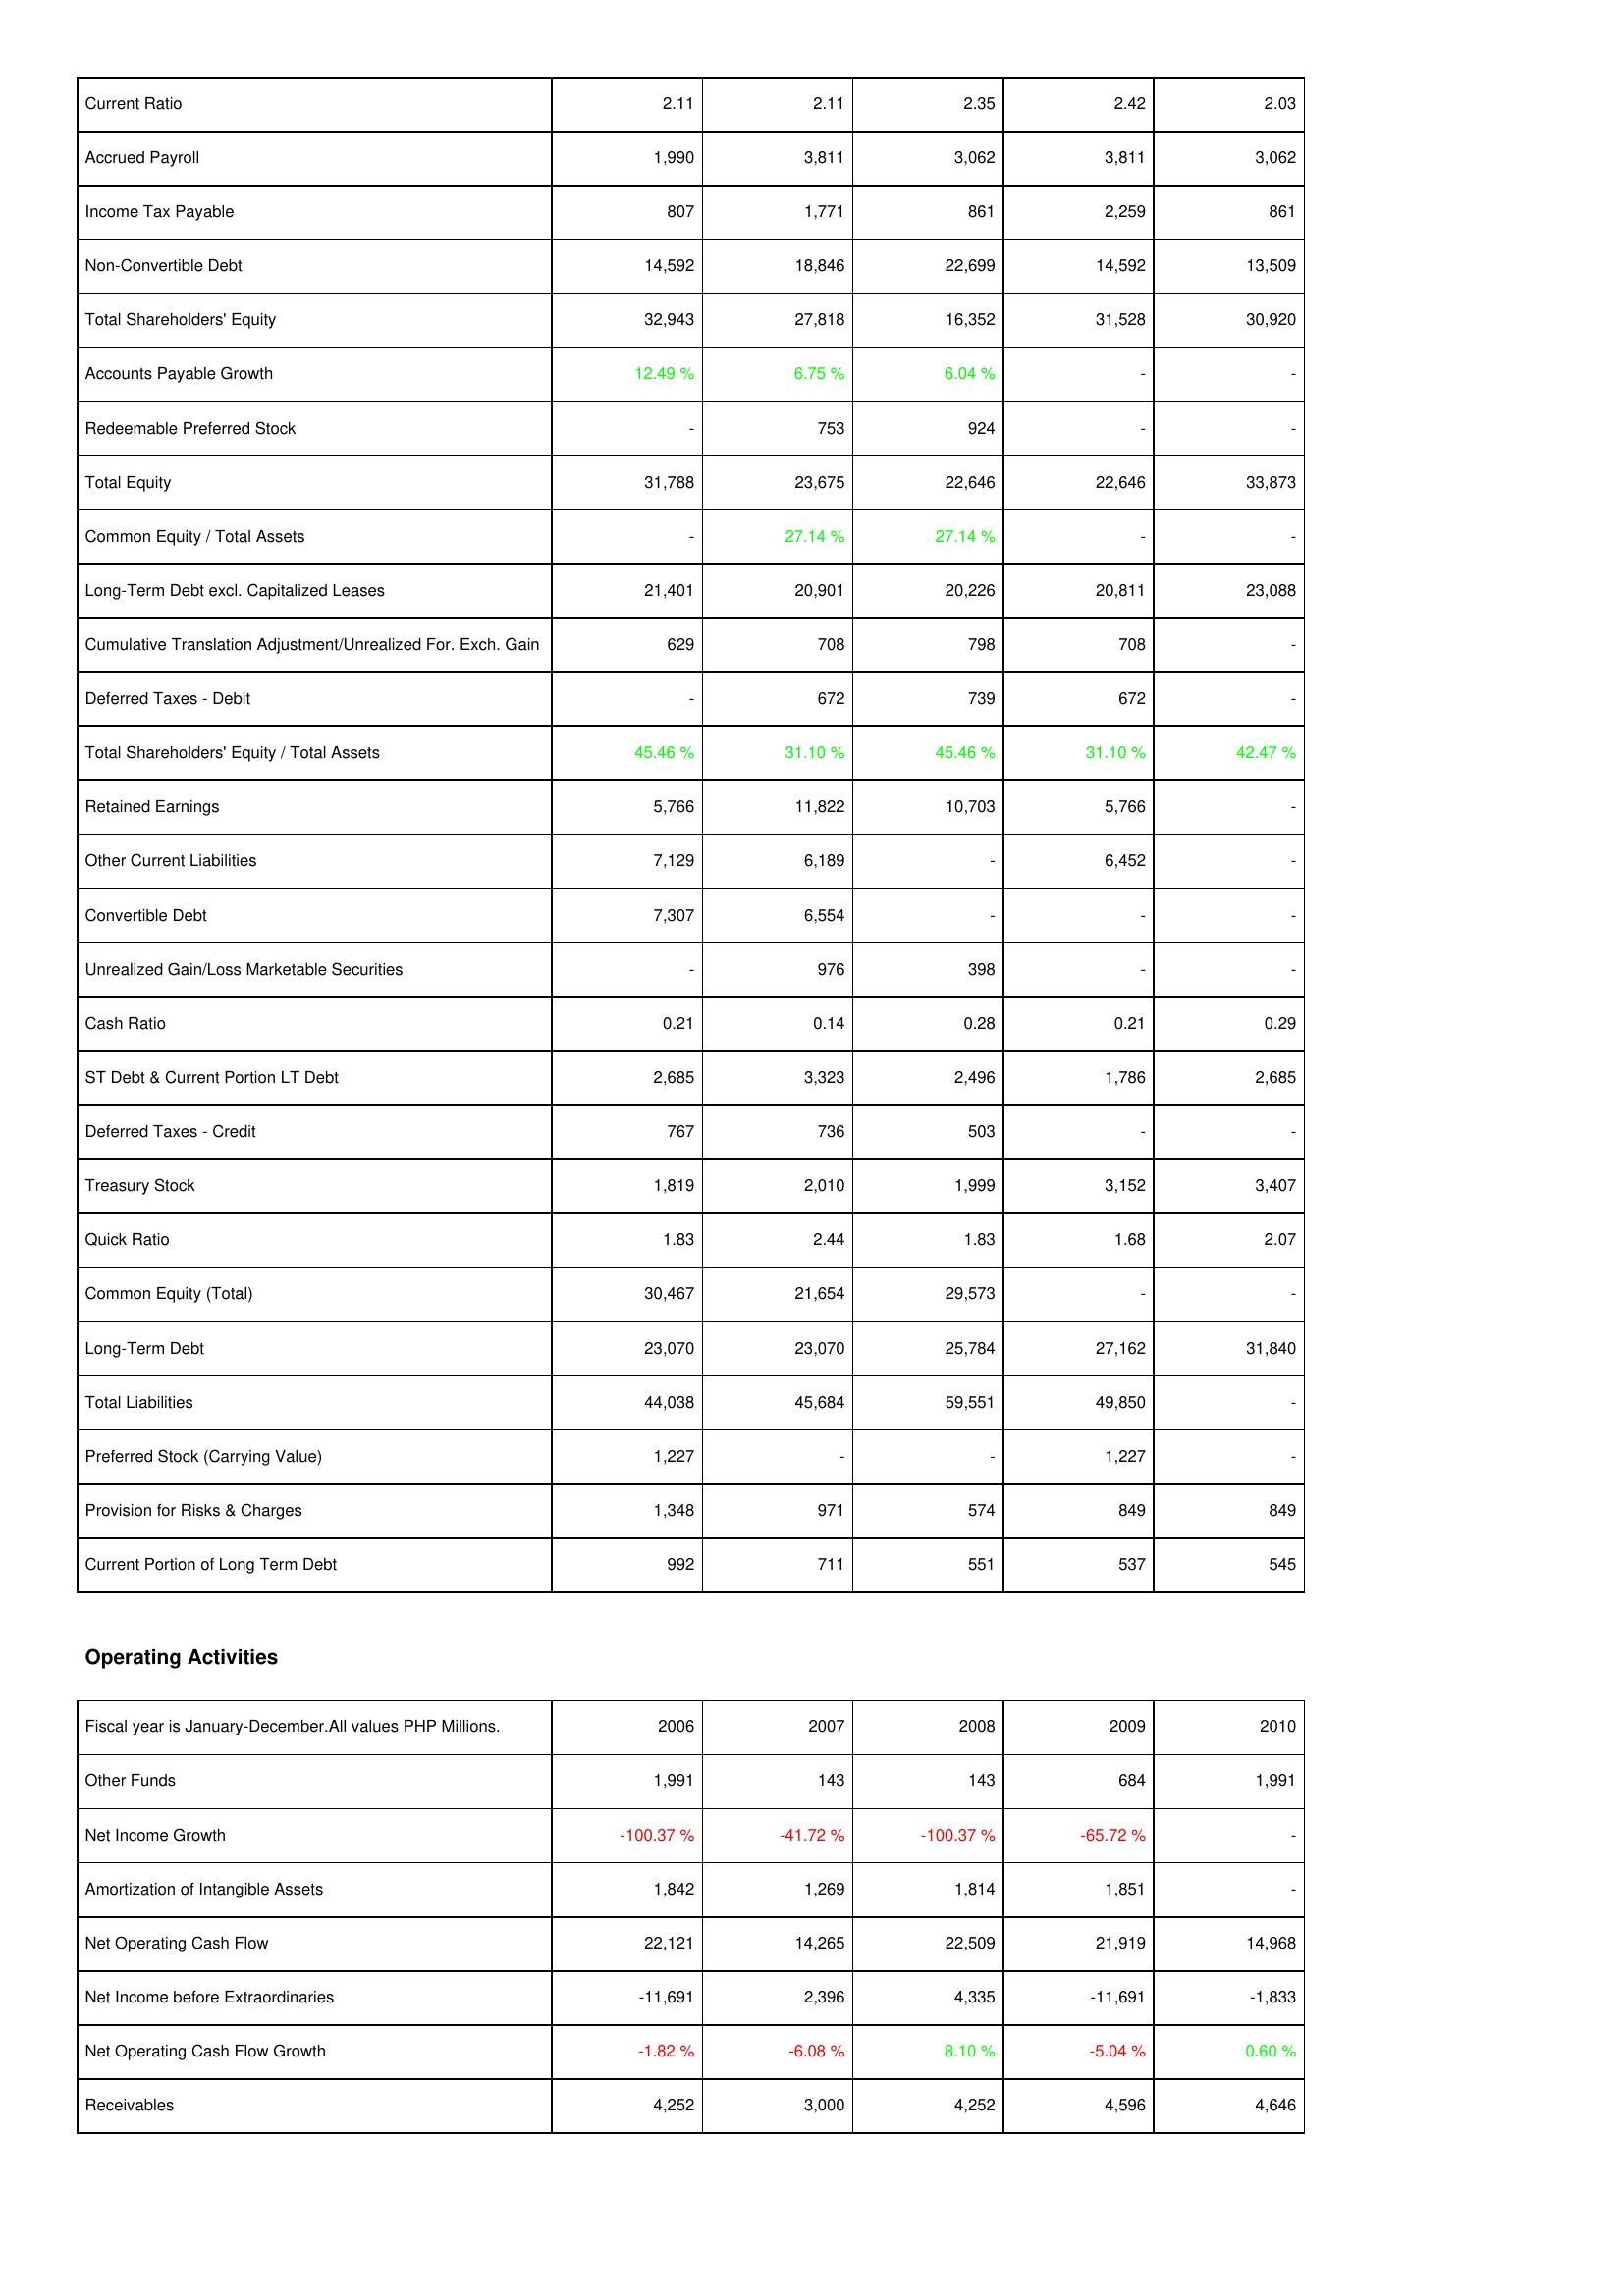
2006: Liabilities & Shareholders' Equity: Current Ratio: 2.11
Accrued Payroll: 1,990
Income Tax Payable: 807
Non-Convertible Debt: 14,592
Total Shareholders' Equity: 32,943
Accounts Payable Growth: 12.49 %
Redeemable Preferred Stock: -
Total Equity: 31,788
Common Equity / Total Assets: -
Long-Term Debt excl. Capitalized Leases: 21,401
Cumulative Translation Adjustment/Unrealized For. Exch. Gain: 629
Deferred Taxes - Debit: -
Total Shareholders' Equity / Total Assets: 45.46 %
Retained Earnings: 5,766
Other Current Liabilities: 7,129
Convertible Debt: 7,307
Unrealized Gain/Loss Marketable Securities: -
Cash Ratio: 0.21
ST Debt & Current Portion LT Debt: 2,685
Deferred Taxes - Credit: 767
Treasury Stock: 1,819
Quick Ratio: 1.83
Common Equity (Total): 30,467
Long-Term Debt: 23,070
Total Liabilities: 44,038
Preferred Stock (Carrying Value): 1,227
Provision for Risks & Charges: 1,348
Current Portion of Long Term Debt: 992
Operating Activities: Other Funds: 1,991
Net Income Growth: -100.37 %
Amortization of Intangible Assets: 1,842
Net Operating Cash Flow: 22,121
Net Income before Extraordinaries: -11,691
Net Operating Cash Flow Growth: -1.82 %
Receivables: 4,252
2007: Liabilities & Shareholders' Equity: Current Ratio: 2.11
Accrued Payroll: 3,811
Income Tax Payable: 1,771
Non-Convertible Debt: 18,846
Total Shareholders' Equity: 27,818
Accounts Payable Growth: 6.75 %
Redeemable Preferred Stock: 753
Total Equity: 23,675
Common Equity / Total Assets: 27.14 %
Long-Term Debt excl. Capitalized Leases: 20,901
Cumulative Translation Adjustment/Unrealized For. Exch. Gain: 708
Deferred Taxes - Debit: 672
Total Shareholders' Equity / Total Assets: 31.10 %
Retained Earnings: 11,822
Other Current Liabilities: 6,189
Convertible Debt: 6,554
Unrealized Gain/Loss Marketable Securities: 976
Cash Ratio: 0.14
ST Debt & Current Portion LT Debt: 3,323
Deferred Taxes - Credit: 736
Treasury Stock: 2,010
Quick Ratio: 2.44
Common Equity (Total): 21,654
Long-Term Debt: 23,070
Total Liabilities: 45,684
Preferred Stock (Carrying Value): -
Provision for Risks & Charges: 971
Current Portion of Long Term Debt: 711
Operating Activities: Other Funds: 143
Net Income Growth: -41.72 %
Amortization of Intangible Assets: 1,269
Net Operating Cash Flow: 14,265
Net Income before Extraordinaries: 2,396
Net Operating Cash Flow Growth: -6.08 %
Receivables: 3,000
2008: Liabilities & Shareholders' Equity: Current Ratio: 2.35
Accrued Payroll: 3,062
Income Tax Payable: 861
Non-Convertible Debt: 22,699
Total Shareholders' Equity: 16,352
Accounts Payable Growth: 6.04 %
Redeemable Preferred Stock: 924
Total Equity: 22,646
Common Equity / Total Assets: 27.14 %
Long-Term Debt excl. Capitalized Leases: 20,226
Cumulative Translation Adjustment/Unrealized For. Exch. Gain: 798
Deferred Taxes - Debit: 739
Total Shareholders' Equity / Total Assets: 45.46 %
Retained Earnings: 10,703
Other Current Liabilities: -
Convertible Debt: -
Unrealized Gain/Loss Marketable Securities: 398
Cash Ratio: 0.28
ST Debt & Current Portion LT Debt: 2,496
Deferred Taxes - Credit: 503
Treasury Stock: 1,999
Quick Ratio: 1.83
Common Equity (Total): 29,573
Long-Term Debt: 25,784
Total Liabilities: 59,551
Preferred Stock (Carrying Value): -
Provision for Risks & Charges: 574
Current Portion of Long Term Debt: 551
Operating Activities: Other Funds: 143
Net Income Growth: -100.37 %
Amortization of Intangible Assets: 1,814
Net Operating Cash Flow: 22,509
Net Income before Extraordinaries: 4,335
Net Operating Cash Flow Growth: 8.10 %
Receivables: 4,252
2009: Liabilities & Shareholders' Equity: Current Ratio: 2.42
Accrued Payroll: 3,811
Income Tax Payable: 2,259
Non-Convertible Debt: 14,592
Total Shareholders' Equity: 31,528
Accounts Payable Growth: -
Redeemable Preferred Stock: -
Total Equity: 22,646
Common Equity / Total Assets: -
Long-Term Debt excl. Capitalized Leases: 20,811
Cumulative Translation Adjustment/Unrealized For. Exch. Gain: 708
Deferred Taxes - Debit: 672
Total Shareholders' Equity / Total Assets: 31.10 %
Retained Earnings: 5,766
Other Current Liabilities: 6,452
Convertible Debt: -
Unrealized Gain/Loss Marketable Securities: -
Cash Ratio: 0.21
ST Debt & Current Portion LT Debt: 1,786
Deferred Taxes - Credit: -
Treasury Stock: 3,152
Quick Ratio: 1.68
Common Equity (Total): -
Long-Term Debt: 27,162
Total Liabilities: 49,850
Preferred Stock (Carrying Value): 1,227
Provision for Risks & Charges: 849
Current Portion of Long Term Debt: 537
Operating Activities: Other Funds: 684
Net Income Growth: -65.72 %
Amortization of Intangible Assets: 1,851
Net Operating Cash Flow: 21,919
Net Income before Extraordinaries: -11,691
Net Operating Cash Flow Growth: -5.04 %
Receivables: 4,596
2010: Liabilities & Shareholders' Equity: Current Ratio: 2.03
Accrued Payroll: 3,062
Income Tax Payable: 861
Non-Convertible Debt: 13,509
Total Shareholders' Equity: 30,920
Accounts Payable Growth: -
Redeemable Preferred Stock: -
Total Equity: 33,873
Common Equity / Total Assets: -
Long-Term Debt excl. Capitalized Leases: 23,088
Cumulative Translation Adjustment/Unrealized For. Exch. Gain: -
Deferred Taxes - Debit: -
Total Shareholders' Equity / Total Assets: 42.47 %
Retained Earnings: -
Other Current Liabilities: -
Convertible Debt: -
Unrealized Gain/Loss Marketable Securities: -
Cash Ratio: 0.29
ST Debt & Current Portion LT Debt: 2,685
Deferred Taxes - Credit: -
Treasury Stock: 3,407
Quick Ratio: 2.07
Common Equity (Total): -
Long-Term Debt: 31,840
Total Liabilities: -
Preferred Stock (Carrying Value): -
Provision for Risks & Charges: 849
Current Portion of Long Term Debt: 545
Operating Activities: Other Funds: 1,991
Net Income Growth: -
Amortization of Intangible Assets: -
Net Operating Cash Flow: 14,968
Net Income before Extraordinaries: -1,833
Net Operating Cash Flow Growth: 0.60 %
Receivables: 4,646